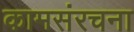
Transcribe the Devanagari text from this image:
कामसंरचना